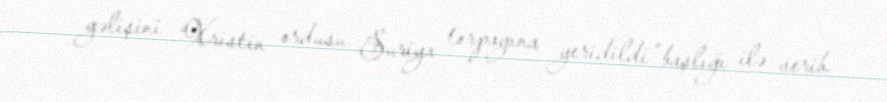
gəlişini “Xristin ordusu Suriya torpağına yeridildi” başlığı ilə verib.